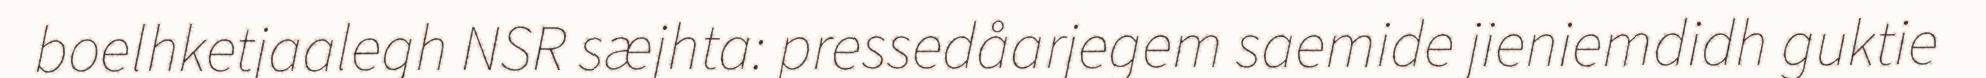
boelhketjaalegh NSR sæjhta: pressedåarjegem saemide jieniemdidh guktie